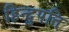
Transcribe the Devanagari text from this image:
हिन्दुपति